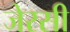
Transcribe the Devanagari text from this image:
जेरसी